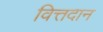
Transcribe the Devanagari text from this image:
वित्तदान